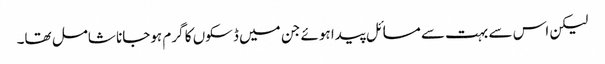
لیکن اس سے بہت سے مسائل پیدا ہوئے جن میں‌ ڈسکوں کا گرم ہوجانا شامل تھا۔